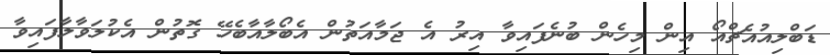
ޑަބްލިއުއެޗްއޯ އިން މިހެން ބުނެފައިވާ އިރު އެ ޖަމާއަތުން އެބޯލާއާބެހޭ ގޮތުން އެކުލަވާލާފައިވާ